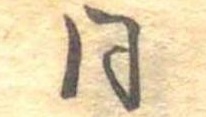
同